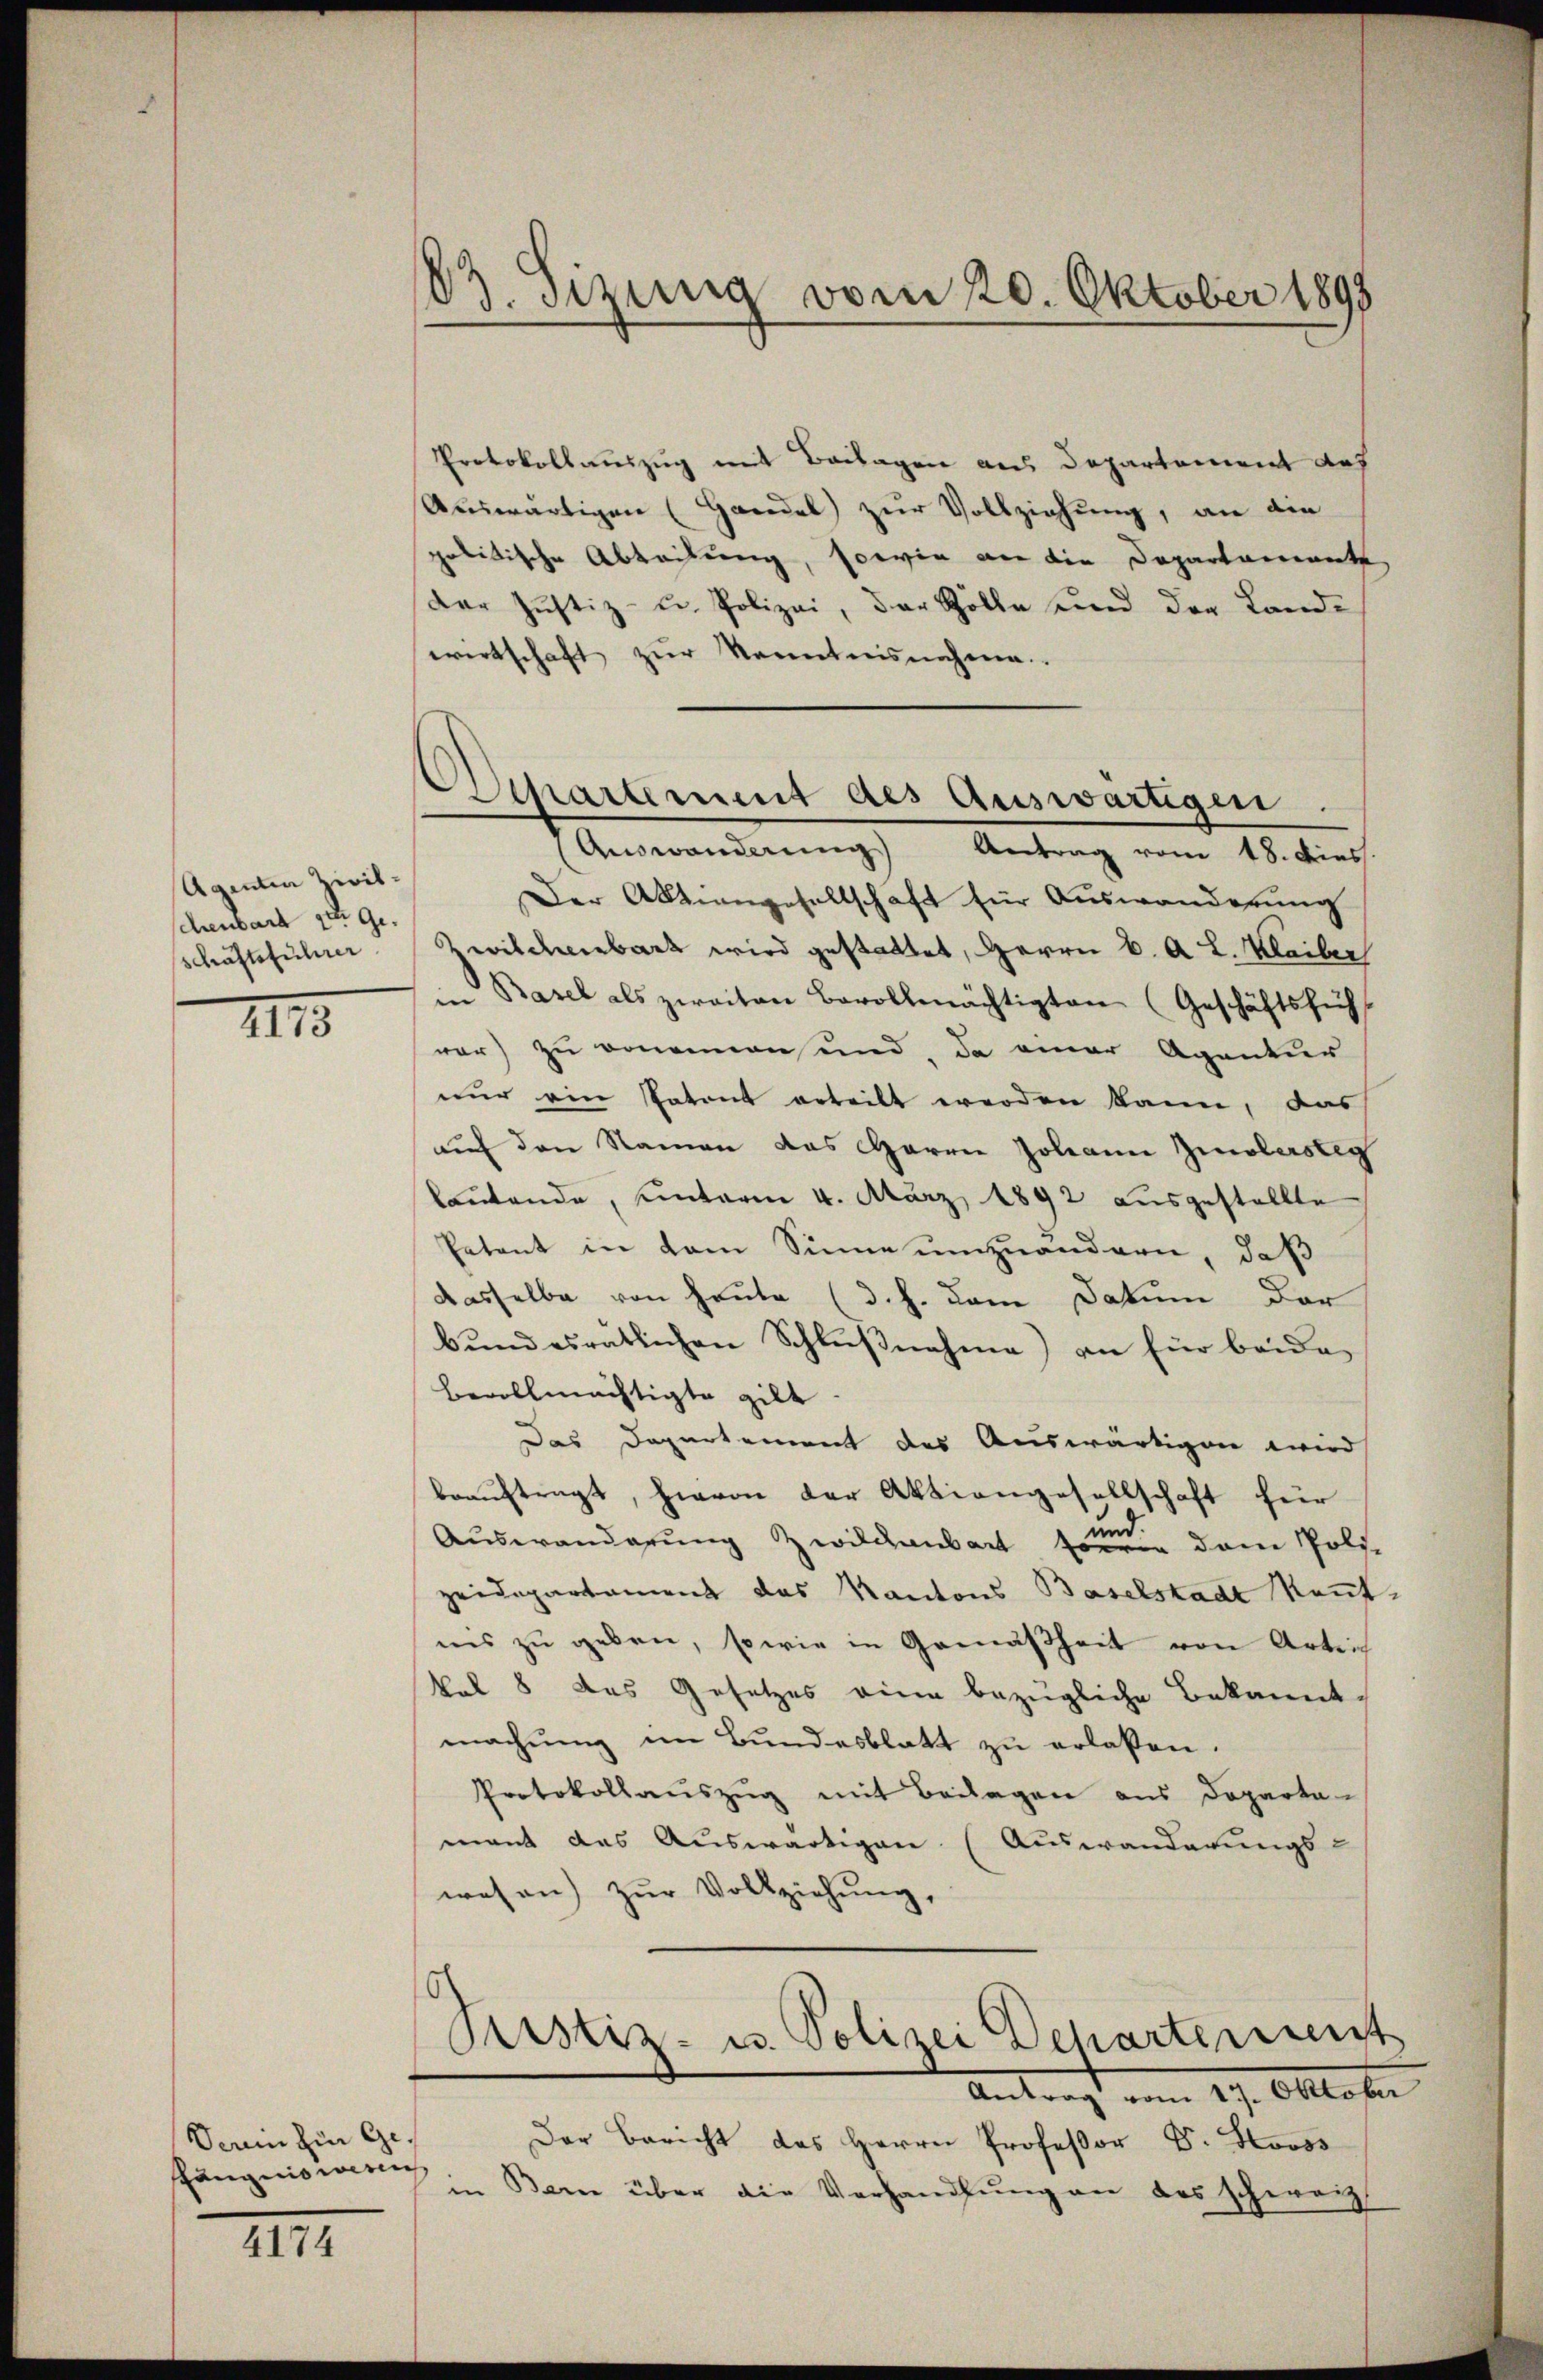
Agenten Zivilschenbart der Ge
schäftsführer

1115

Derin hin Ge
ängnis wer

4174

83. Sitzung vom 20. Oktober 1893

Separtement des Auswärtigen.

Protokollauszug mit Beilagen aus Departement des
Auswärtigen (Handel zur Vollziehung, an die
politische Abteilung, sowie von die Departement
Der Justiz- u. Polizei, der Zölle und der Land-
wirtschaft zur Kenntnisnahme
Auswanderung Antrag vom 18. dies
Der Abhangesellschaft für Auswanderung
Zwilchenbart wird gestattet, Herrn C. A. L. Kleiber
in Basel als zweiten Bevollmächtigten (Geschäftsfüh
war) zu kommen und, da einer Agentur
nur ein Patent erteilt werden kann, das
auf den Namen das Herrn Johann Zinobersteg
laŭtende, unterm 4. März 1892 ausgestellte
Patant in dem Sinne umzuändern, daß
Dasselbe von heute (d. h. dem Datum der
bundesratlichen Schlußnahme) an für beide
bevollmächtigte gilt.
Das Departement des Auswärtigen wird
beauftragt, hievon der Aktiengesellschaft für
Auswanderung Zwilchenbart sonderen dem Polizeidepartament das Kantons Baselstadt kannt.
ins zu geben, sowie in Gemäßheit von Arbeit
kel 8 des Gesetzes eine bezügliche Bekannt-
machŭng im Bŭndesblatt zŭ erlassen.
Protokollaŭszŭg mit Beilagen aus Departa
mant das Auswärtigen (Auswanderungs-
wesen zŭr Vollziehung,
Prstiz- u. Polizei Dehartement
Antragt vom 29. Oktober
Der Bericht das Herrn Professor Dr. Stooss
in Bern über die Verhandlung an des schweiz.